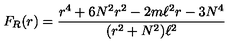
F _ { R } ( r ) = \frac { r ^ { 4 } + 6 N ^ { 2 } r ^ { 2 } - 2 m \ell ^ { 2 } r - 3 N ^ { 4 } } { ( r ^ { 2 } + N ^ { 2 } ) \ell ^ { 2 } }